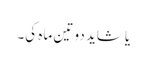
یا شاید دو تین ماہ کی۔